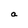
Character: a